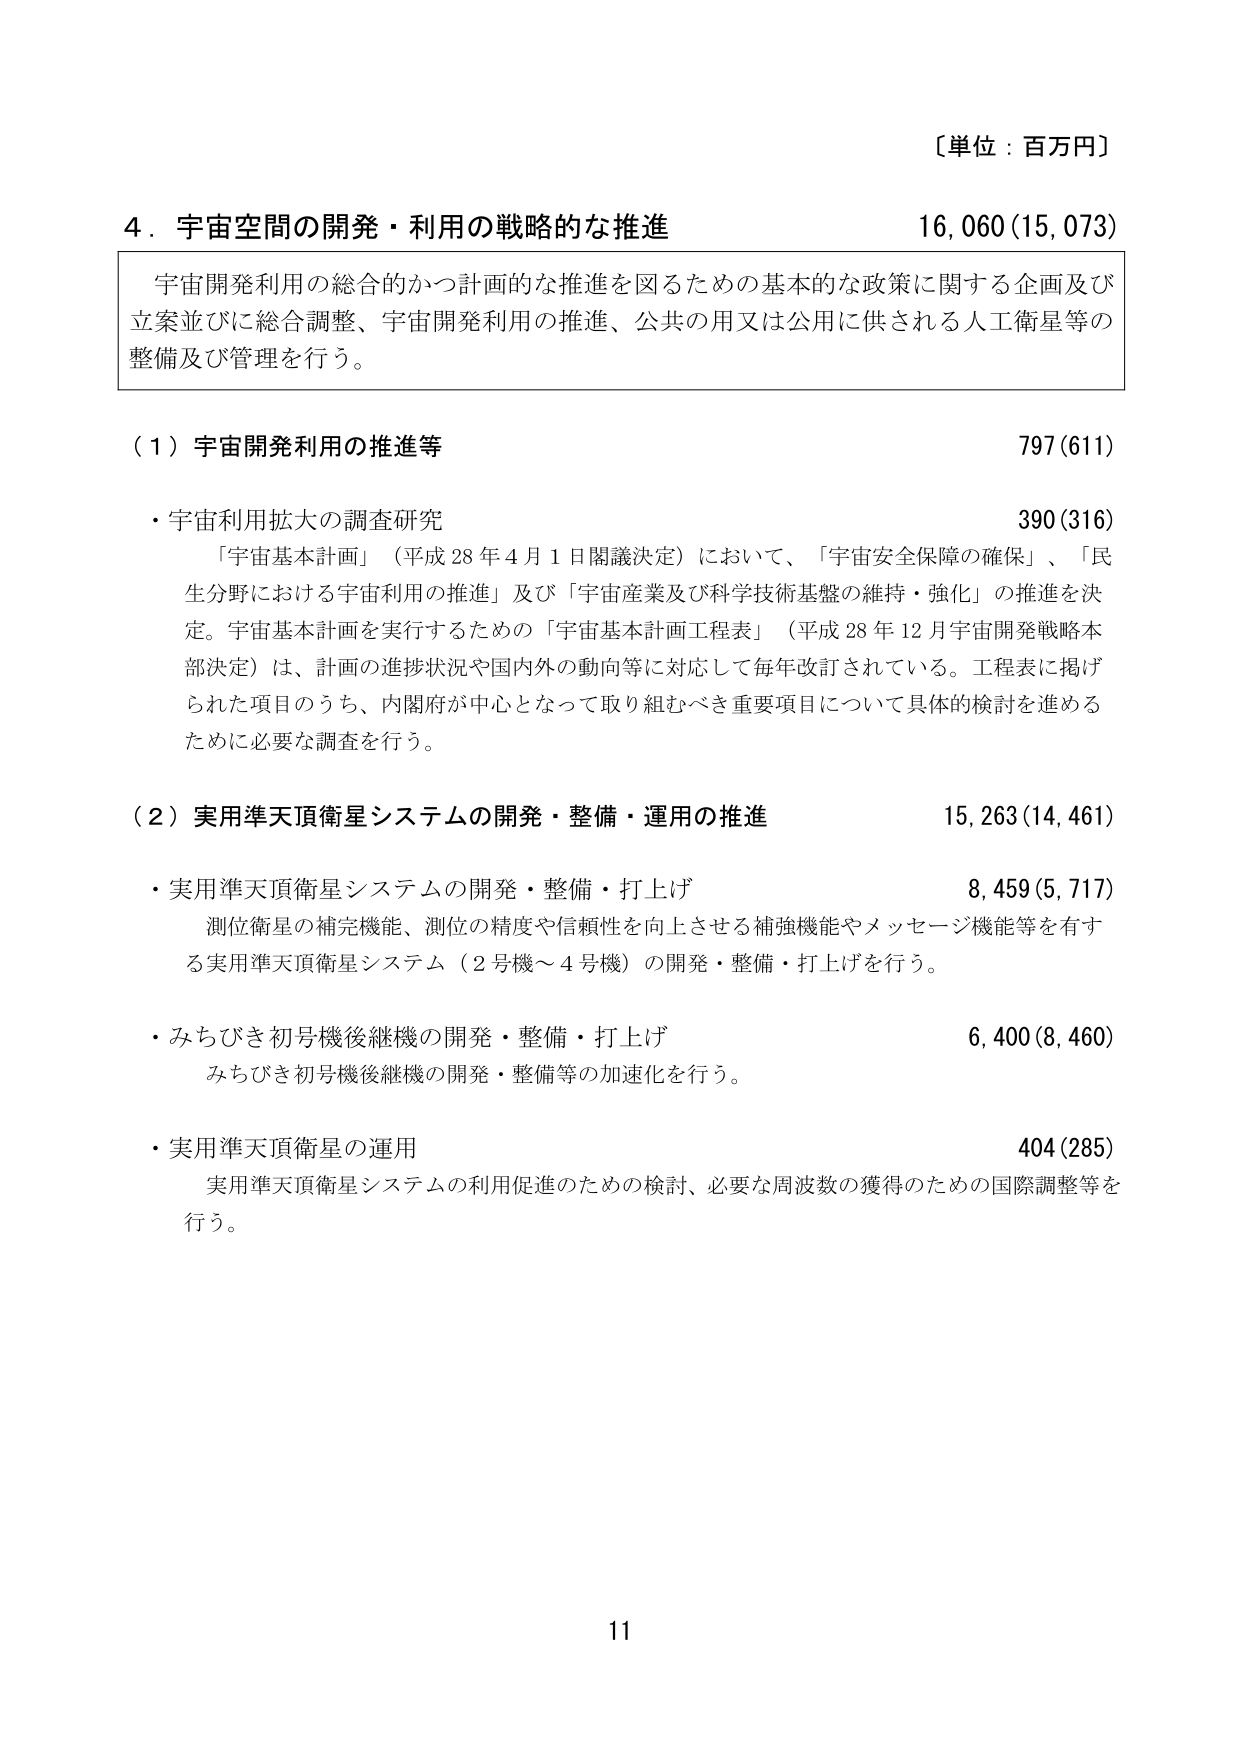
〔単位：百万円〕

4．宇宙空間の開発・利用の戦略的な推進　16,060(15,073)

宇宙開発利用の総合的かつ計画的な推進を図るための基本的な政策に関する企画及び
立案並びに総合調整、宇宙開発利用の推進、公共の用又は公用に供される人工衛星等の
整備及び管理を行う。

（1）宇宙開発利用の推進等　797(611)

・宇宙利用拡大の調査研究　390(316)

「宇宙基本計画」（平成28年4月1日閣議決定）において、「宇宙安全保障の確保」、「民生分野における宇宙利用の推進」及び「宇宙産業及び科学技術基盤の維持・強化」の推進を決定。宇宙基本計画を実行するための「宇宙基本計画工程表」（平成28年12月宇宙開発戦略本部決定）は、計画の進捗状況や国内外の動向等に対応して毎年改訂されている。工程表に掲げられた項目のうち、内閣府が中心となって取り組むべき重要項目について具体的検討を進めるために必要な調査を行う。

（2）実用準天頂衛星システムの開発・整備・運用の推進　15,263(14,461)

・実用準天頂衛星システムの開発・整備・打上げ　8,459(5,717)

測位衛星の補完機能、測位の精度や信頼性を向上させる補強機能やメッセージ機能等を有する実用準天頂衛星システム（2号機～4号機）の開発・整備・打上げを行う。

・みちびき初号機後継機の開発・整備・打上げ　6,400(8,460)

みちびき初号機後継機の開発・整備等の加速化を行う。

・実用準天頂衛星の運用　404(285)

実用準天頂衛星システムの利用促進のための検討、必要な周波数の獲得のための国際調整等を行う。

11